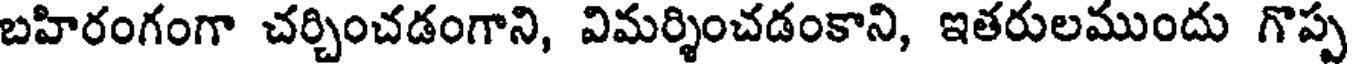
బహిరంగంగా చర్చించడంగాని, విమర్శించడంకాని, ఇతరులముందు గొప్ప